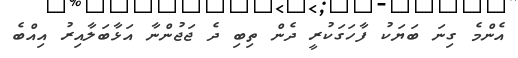
އެންމެ ގިނަ ބަޔަކު ފާހަގަކުރީ ދެން ތިބި ދެ ޖަޖުންނާ އަޅާބަލާއިރު އިއްބެ